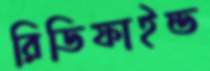
রিডিফাইন্ড